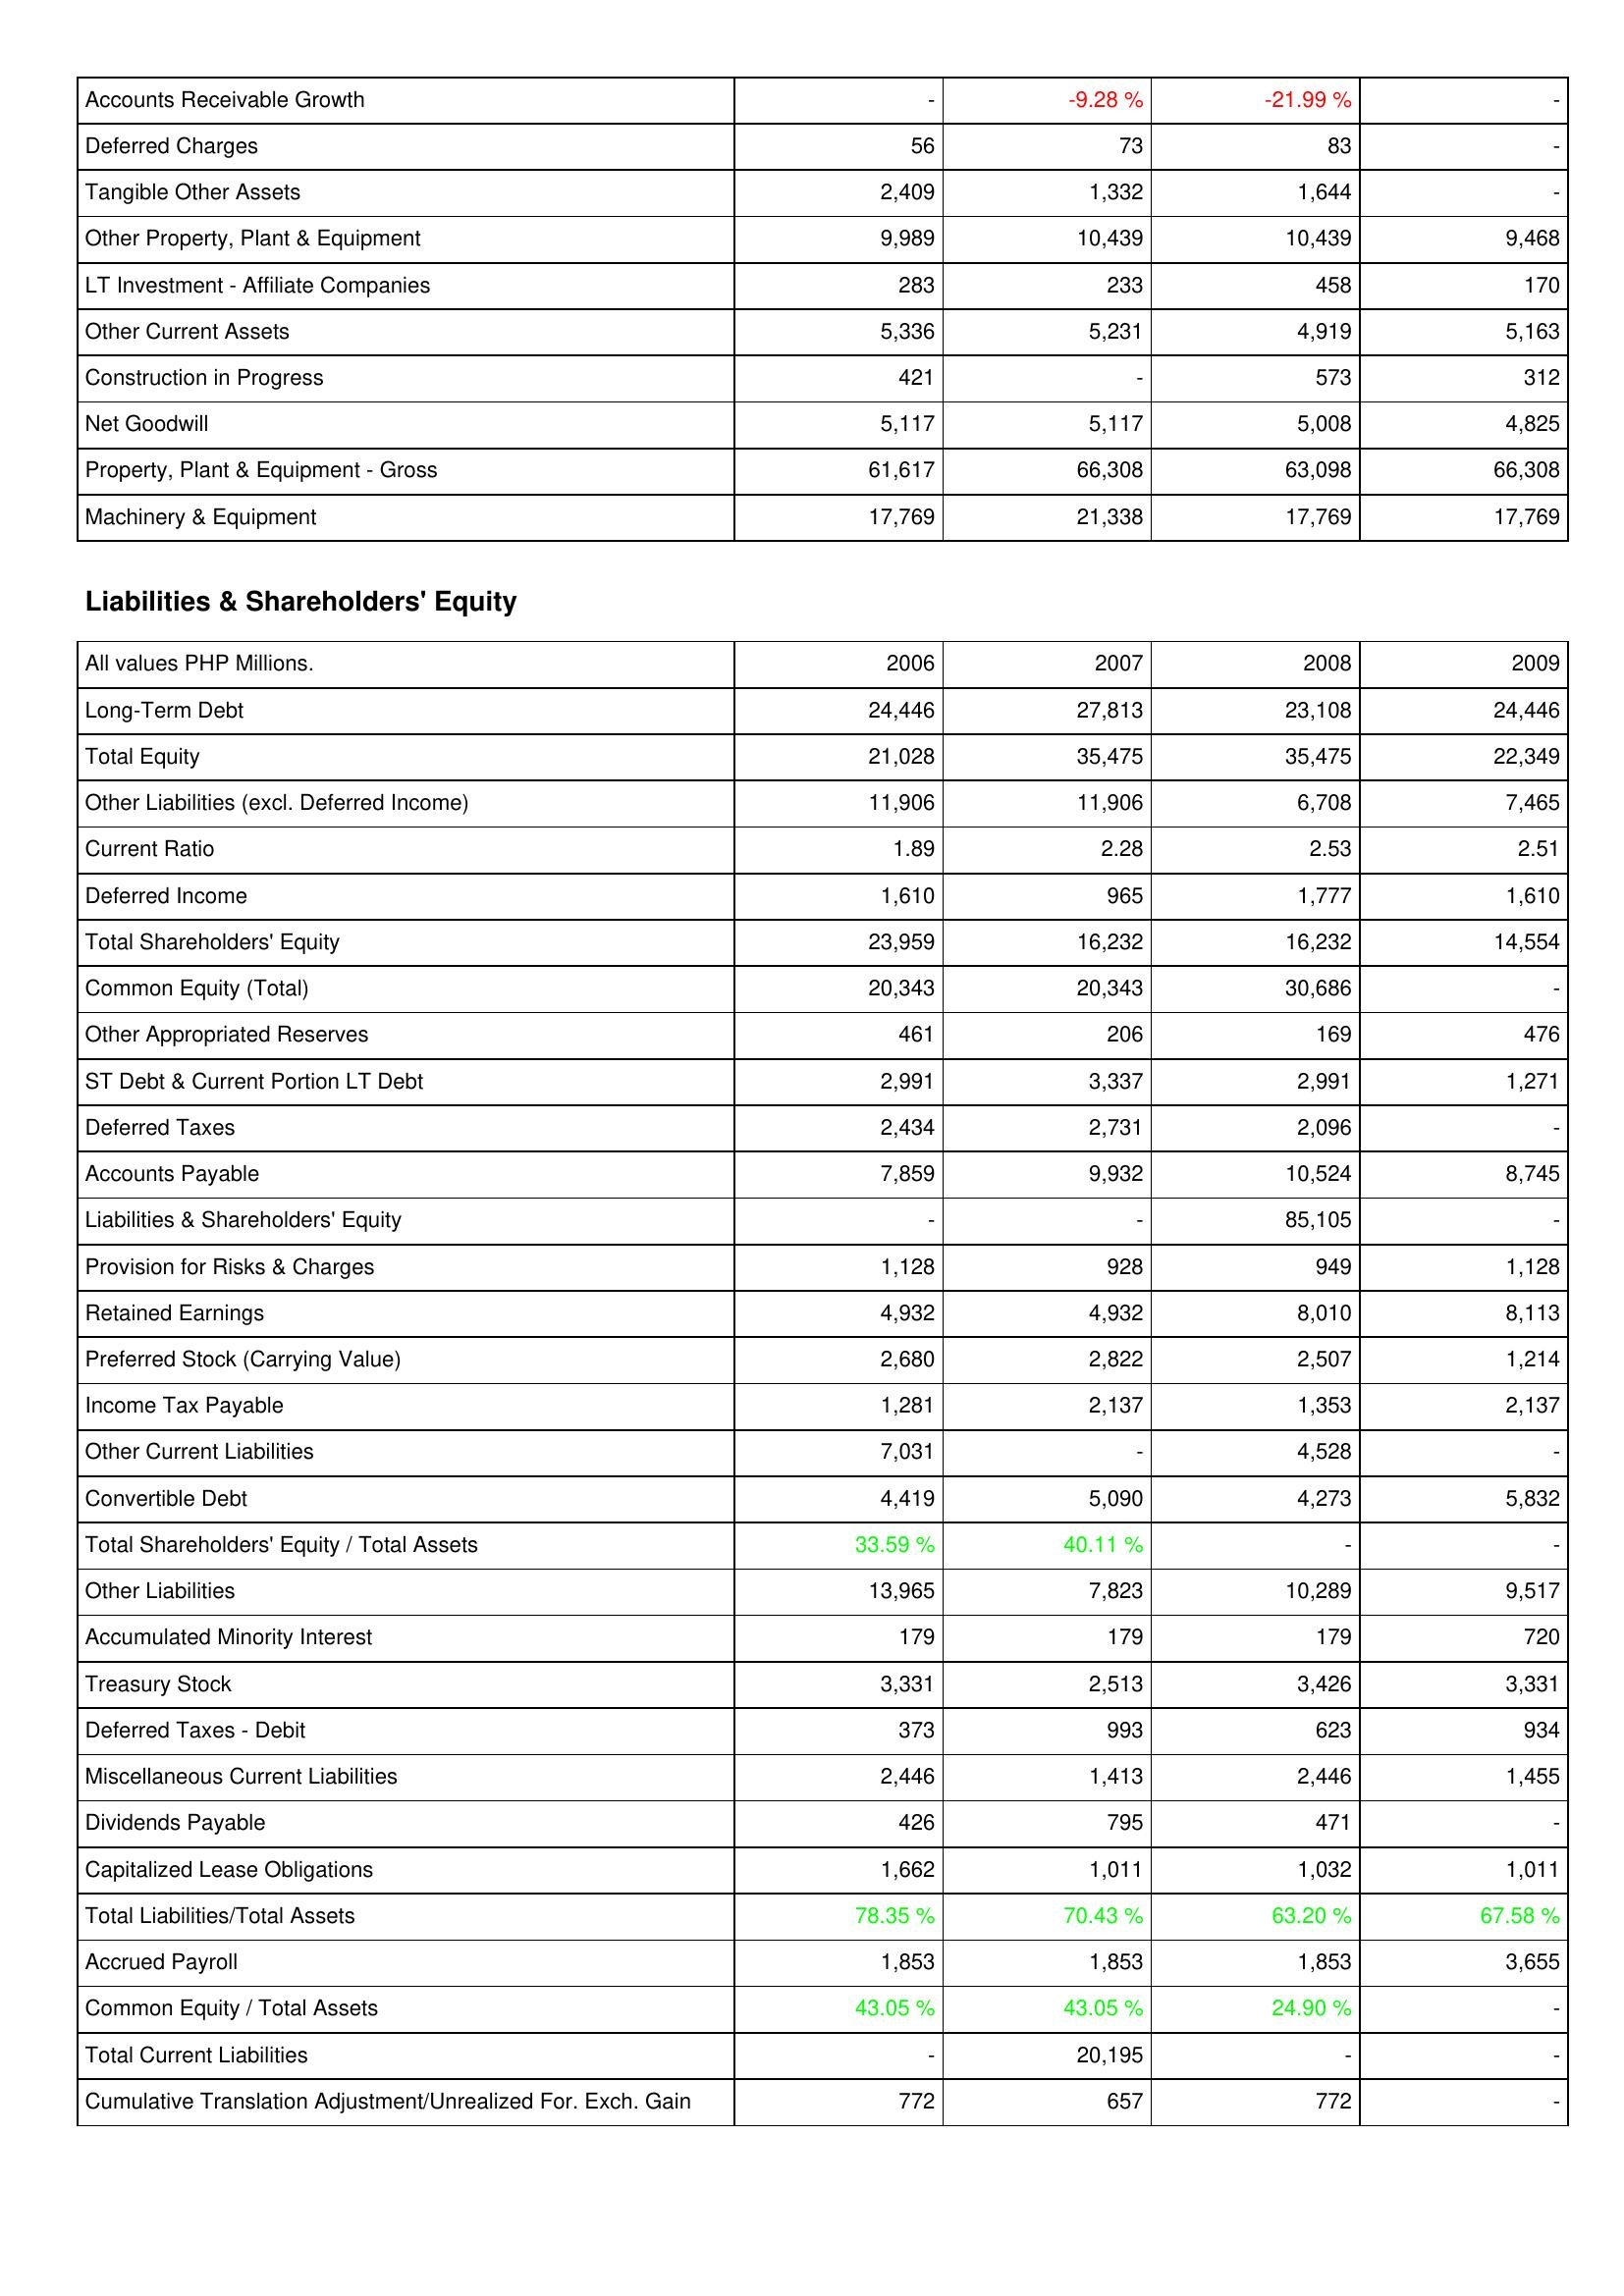
2006: Assets: Accounts Receivable Growth: -
Deferred Charges: 56
Tangible Other Assets: 2,409
Other Property, Plant & Equipment: 9,989
LT Investment - Affiliate Companies: 283
Other Current Assets: 5,336
Construction in Progress: 421
Net Goodwill: 5,117
Property, Plant & Equipment - Gross: 61,617
Machinery & Equipment: 17,769
Liabilities & Shareholders' Equity: Long-Term Debt: 24,446
Total Equity: 21,028
Other Liabilities (excl. Deferred Income): 11,906
Current Ratio: 1.89
Deferred Income: 1,610
Total Shareholders' Equity: 23,959
Common Equity (Total): 20,343
Other Appropriated Reserves: 461
ST Debt & Current Portion LT Debt: 2,991
Deferred Taxes: 2,434
Accounts Payable: 7,859
Liabilities & Shareholders' Equity: -
Provision for Risks & Charges: 1,128
Retained Earnings: 4,932
Preferred Stock (Carrying Value): 2,680
Income Tax Payable: 1,281
Other Current Liabilities: 7,031
Convertible Debt: 4,419
Total Shareholders' Equity / Total Assets: 33.59 %
Other Liabilities: 13,965
Accumulated Minority Interest: 179
Treasury Stock: 3,331
Deferred Taxes - Debit: 373
Miscellaneous Current Liabilities: 2,446
Dividends Payable: 426
Capitalized Lease Obligations: 1,662
Total Liabilities/Total Assets: 78.35 %
Accrued Payroll: 1,853
Common Equity / Total Assets: 43.05 %
Total Current Liabilities: -
Cumulative Translation Adjustment/Unrealized For. Exch. Gain: 772
2007: Assets: Accounts Receivable Growth: -9.28 %
Deferred Charges: 73
Tangible Other Assets: 1,332
Other Property, Plant & Equipment: 10,439
LT Investment - Affiliate Companies: 233
Other Current Assets: 5,231
Construction in Progress: -
Net Goodwill: 5,117
Property, Plant & Equipment - Gross: 66,308
Machinery & Equipment: 21,338
Liabilities & Shareholders' Equity: Long-Term Debt: 27,813
Total Equity: 35,475
Other Liabilities (excl. Deferred Income): 11,906
Current Ratio: 2.28
Deferred Income: 965
Total Shareholders' Equity: 16,232
Common Equity (Total): 20,343
Other Appropriated Reserves: 206
ST Debt & Current Portion LT Debt: 3,337
Deferred Taxes: 2,731
Accounts Payable: 9,932
Liabilities & Shareholders' Equity: -
Provision for Risks & Charges: 928
Retained Earnings: 4,932
Preferred Stock (Carrying Value): 2,822
Income Tax Payable: 2,137
Other Current Liabilities: -
Convertible Debt: 5,090
Total Shareholders' Equity / Total Assets: 40.11 %
Other Liabilities: 7,823
Accumulated Minority Interest: 179
Treasury Stock: 2,513
Deferred Taxes - Debit: 993
Miscellaneous Current Liabilities: 1,413
Dividends Payable: 795
Capitalized Lease Obligations: 1,011
Total Liabilities/Total Assets: 70.43 %
Accrued Payroll: 1,853
Common Equity / Total Assets: 43.05 %
Total Current Liabilities: 20,195
Cumulative Translation Adjustment/Unrealized For. Exch. Gain: 657
2008: Assets: Accounts Receivable Growth: -21.99 %
Deferred Charges: 83
Tangible Other Assets: 1,644
Other Property, Plant & Equipment: 10,439
LT Investment - Affiliate Companies: 458
Other Current Assets: 4,919
Construction in Progress: 573
Net Goodwill: 5,008
Property, Plant & Equipment - Gross: 63,098
Machinery & Equipment: 17,769
Liabilities & Shareholders' Equity: Long-Term Debt: 23,108
Total Equity: 35,475
Other Liabilities (excl. Deferred Income): 6,708
Current Ratio: 2.53
Deferred Income: 1,777
Total Shareholders' Equity: 16,232
Common Equity (Total): 30,686
Other Appropriated Reserves: 169
ST Debt & Current Portion LT Debt: 2,991
Deferred Taxes: 2,096
Accounts Payable: 10,524
Liabilities & Shareholders' Equity: 85,105
Provision for Risks & Charges: 949
Retained Earnings: 8,010
Preferred Stock (Carrying Value): 2,507
Income Tax Payable: 1,353
Other Current Liabilities: 4,528
Convertible Debt: 4,273
Total Shareholders' Equity / Total Assets: -
Other Liabilities: 10,289
Accumulated Minority Interest: 179
Treasury Stock: 3,426
Deferred Taxes - Debit: 623
Miscellaneous Current Liabilities: 2,446
Dividends Payable: 471
Capitalized Lease Obligations: 1,032
Total Liabilities/Total Assets: 63.20 %
Accrued Payroll: 1,853
Common Equity / Total Assets: 24.90 %
Total Current Liabilities: -
Cumulative Translation Adjustment/Unrealized For. Exch. Gain: 772
2009: Assets: Accounts Receivable Growth: -
Deferred Charges: -
Tangible Other Assets: -
Other Property, Plant & Equipment: 9,468
LT Investment - Affiliate Companies: 170
Other Current Assets: 5,163
Construction in Progress: 312
Net Goodwill: 4,825
Property, Plant & Equipment - Gross: 66,308
Machinery & Equipment: 17,769
Liabilities & Shareholders' Equity: Long-Term Debt: 24,446
Total Equity: 22,349
Other Liabilities (excl. Deferred Income): 7,465
Current Ratio: 2.51
Deferred Income: 1,610
Total Shareholders' Equity: 14,554
Common Equity (Total): -
Other Appropriated Reserves: 476
ST Debt & Current Portion LT Debt: 1,271
Deferred Taxes: -
Accounts Payable: 8,745
Liabilities & Shareholders' Equity: -
Provision for Risks & Charges: 1,128
Retained Earnings: 8,113
Preferred Stock (Carrying Value): 1,214
Income Tax Payable: 2,137
Other Current Liabilities: -
Convertible Debt: 5,832
Total Shareholders' Equity / Total Assets: -
Other Liabilities: 9,517
Accumulated Minority Interest: 720
Treasury Stock: 3,331
Deferred Taxes - Debit: 934
Miscellaneous Current Liabilities: 1,455
Dividends Payable: -
Capitalized Lease Obligations: 1,011
Total Liabilities/Total Assets: 67.58 %
Accrued Payroll: 3,655
Common Equity / Total Assets: -
Total Current Liabilities: -
Cumulative Translation Adjustment/Unrealized For. Exch. Gain: -